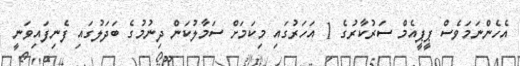
އެހެންނަމަވެސް ޕީޕީއެމް ސަރުކާރުގެ 1 އަހަރުގައި މިކަމަށް ސަމާލުކަން ދިނުމުގެ ބަދަލުގައި ފެނިފައިވަނީ